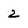
Character: 2